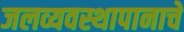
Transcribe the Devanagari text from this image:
जलव्यवस्थापानाचे